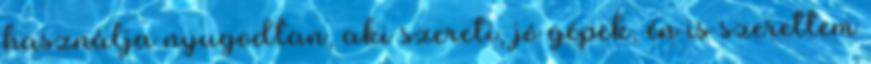
használja nyugodtan, aki szereti, jó gépek, én is szerettem